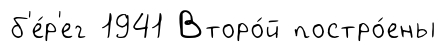
б'е́р'ег 1941 Второ́й постро́ены